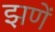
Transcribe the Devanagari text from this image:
झणें